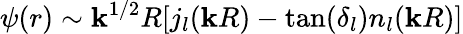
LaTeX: {\psi(r)\sim\mathbf{k}^{1/2}R[j_{l}(\mathbf{k}R)-\tan(\delta_{l})n_{l}(\mathbf{k}R)]}